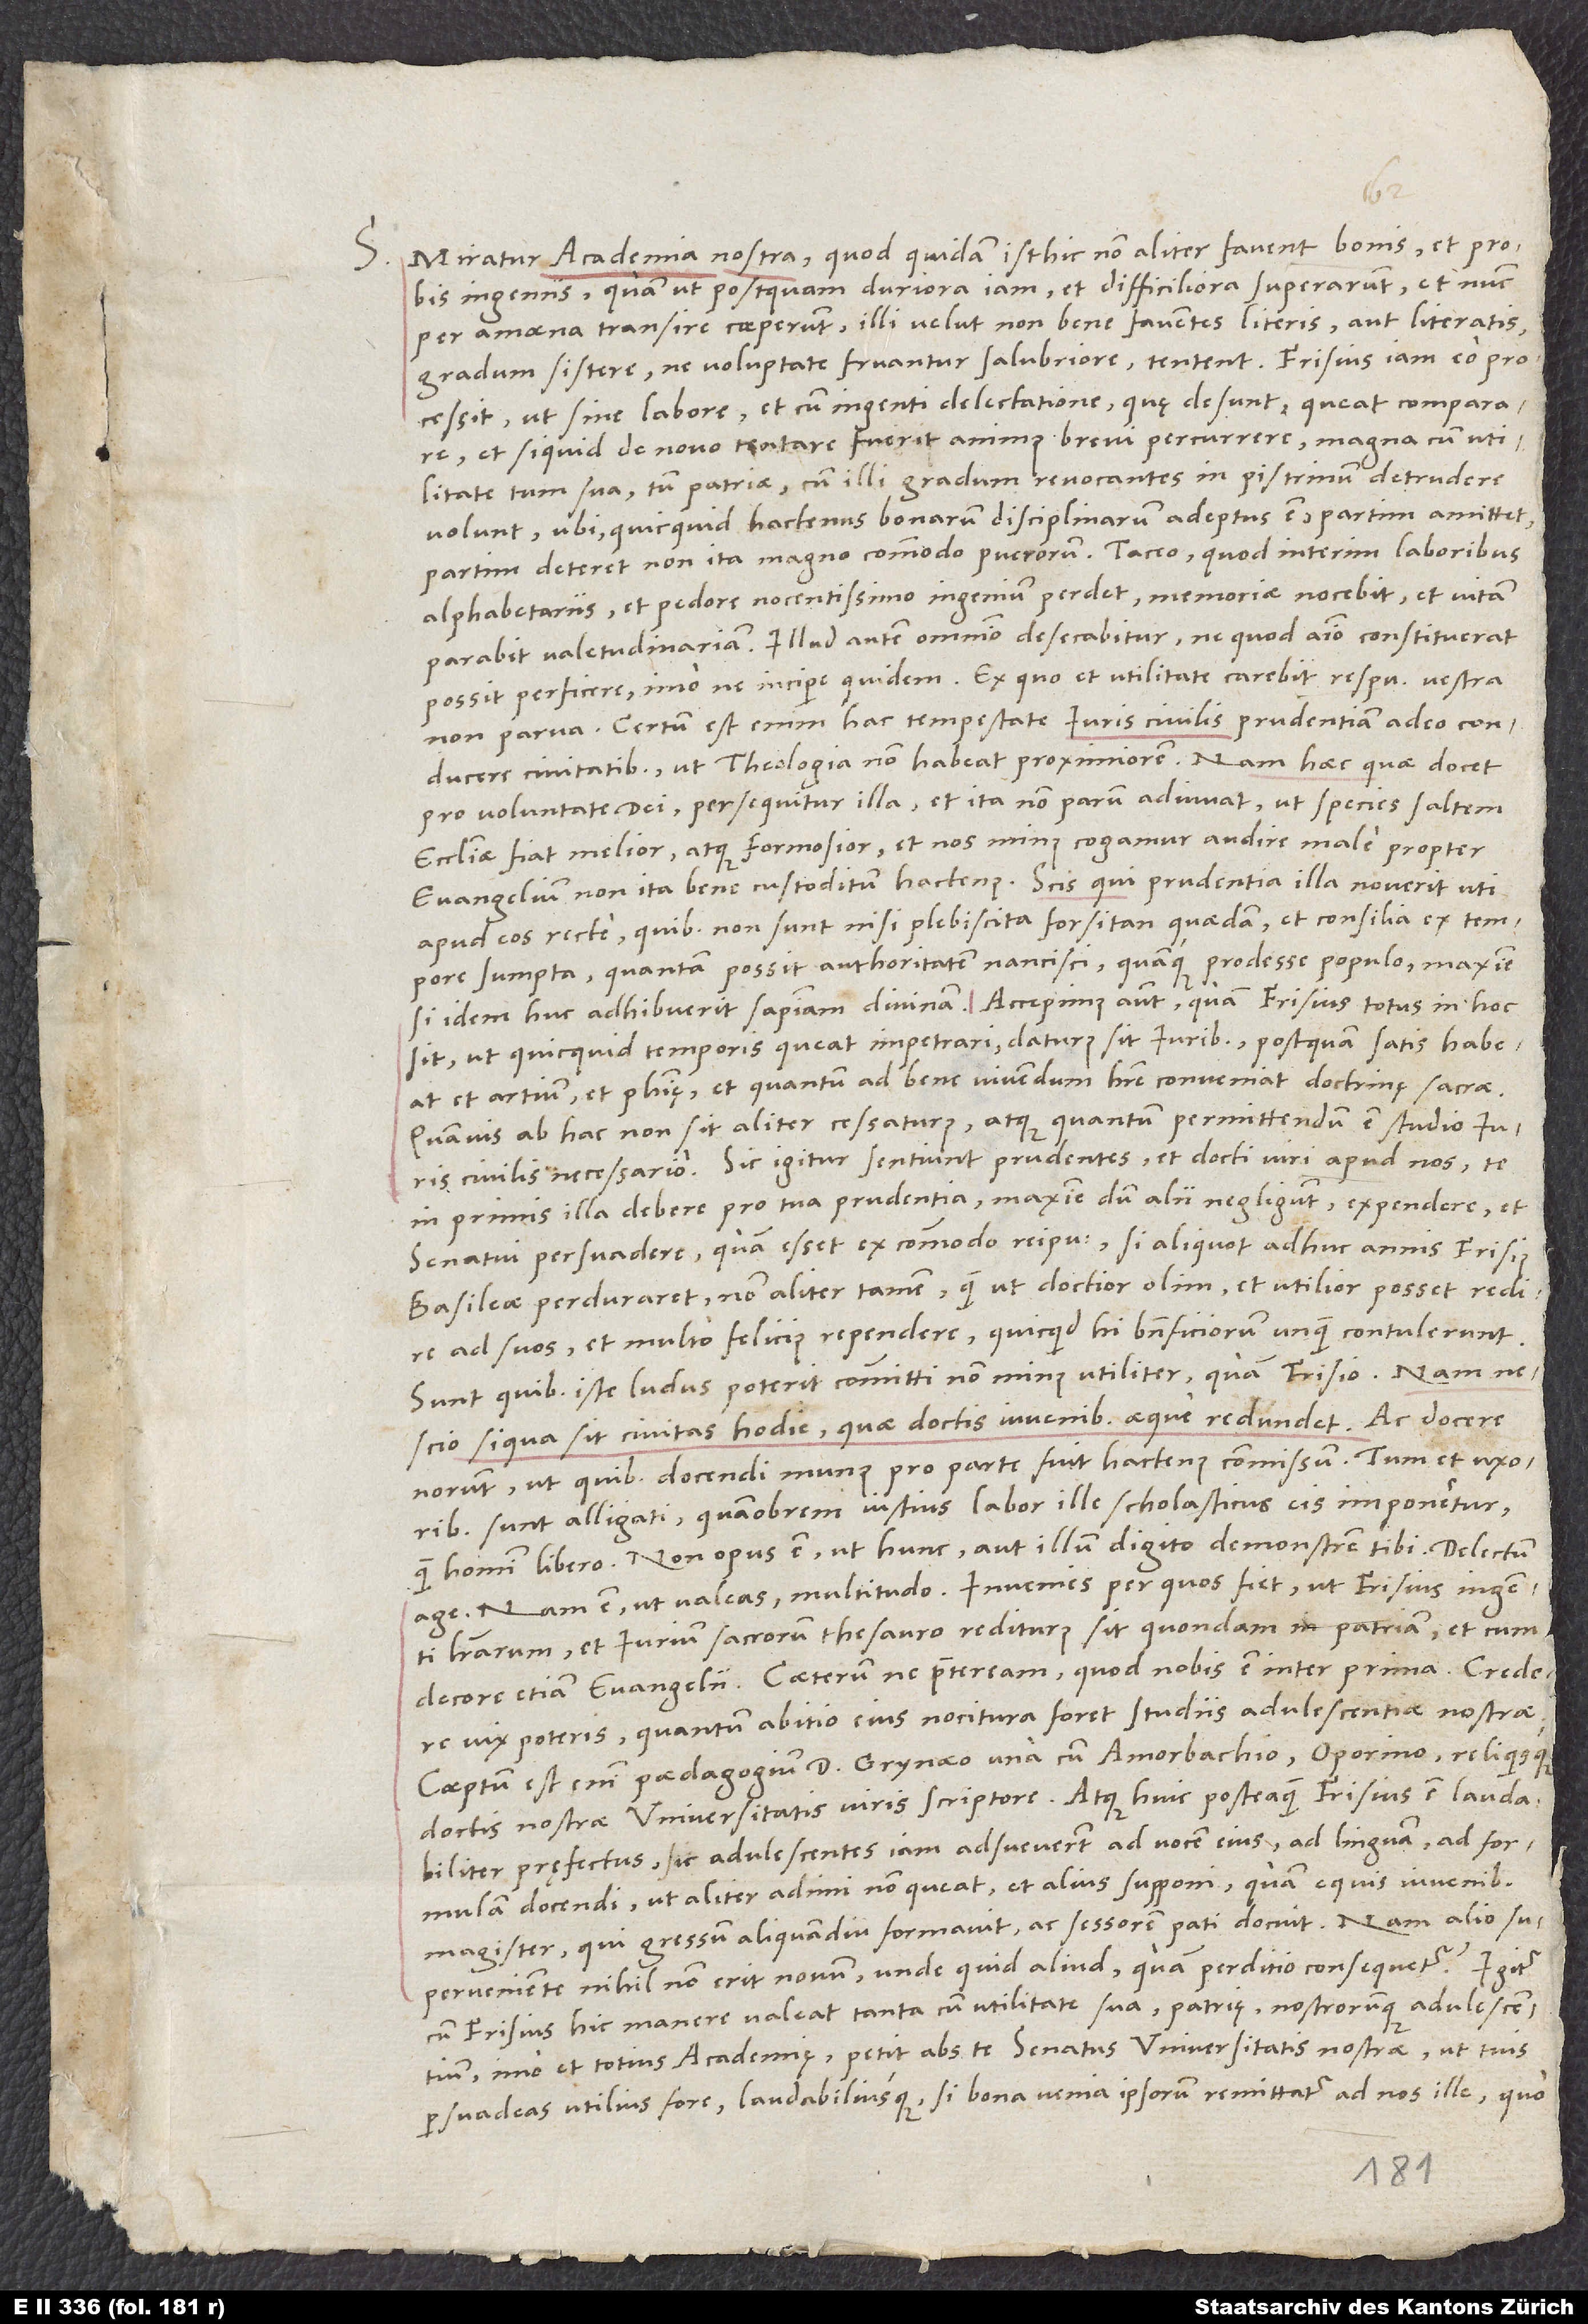
S.

Miratur academia nostra, quod quidam isthic non aliter favent bonis et probis
ingeniis, quam ut, postquam duriora iam et difficiliora superarunt et nunc
per amoena transire coeperunt, illi velut non bene faventes literis aut literatis
gradum sistere, ne voluptate fruantur salubriore, tentent. Frisius iam eo
processit, ut sine labore et cum ingenti delectatione, quę desunt, queat comparare
et, si quid de novo tentare fuerit animus, brevi percurrere magna cum utilitate
tum sua tum patriae, cum illi gradum revocantes in pistrinum detrudere
volunt, ubi, quicquid hactenus bonarum disciplinarum adeptus est, partim amittet,
partim deteret non ita magno commodo puerorum. Taceo, quod interim laboribus
alphabetariis et pedore nocentissimo ingenium perdet, memoriae nocebit et vitam
parabit valetudinariam. Illud autem omnino desecabitur, ne, quod animo constituerat,
possit perficere, imo ne incipere quidem. Ex quo et utilitate carebit respublica vestra
non parva. Certum est enim hac tempestate iuris civilis prudentiam adeo conducere
civitatibus, ut theologia non habeat proximiorem. Nam haec quae docet
pro voluntate dei, prosequitur illa et ita non parum adiuvat, ut species saltem
ecclesiae fiat melior atque formosior et nos minus cogamur audire male propter
evangelium non ita bene custoditum hactenus. Scis, qui prudentia illa noverit uti
apud eos recte, quibus non sunt nisi plebiscita forsitan quaedam et consilia ex tempore
sumpta, quantam possit authoritatem nancisci quamque prodesse populo, maxime,
si idem huc adhibuerit sapientiam divinam. Accepimus autem, quam Frisius totus in hoc
sit, ut, quicquid temporis queat impetrari, daturus sit iuribus, postquam satis habeat
et artium et philosophię et, quantum ad bene vivendum habere conveniat, doctrinę sacrae,
quamvis ab hac non sit aliter cessaturus, atque quantum permittendum est studio iuris
civilis necessario. Sic igitur sentiunt prudentes et docti viri apud nos te
in primis illa debere pro tua prudentia, maxime dum alii negligunt, expendere et
senatui persuadere, quam esset ex commodo reipublicae, si aliquot adhuc annis Frisius
Basileae perduraret, non aliter tamen, quam ut doctior olim et utilior posset redire
ad suos et multo felicius rependere, quicquid hi beneficiorum unquam contulerunt.
Sunt, quibus iste ludus poterit committi non minus utiliter quam Frisio. Nam
nescio, si qua sit civitas hodie, quae doctis iuvenibus aeque redundet. Ac docere
norunt, ut quibus docendi munus pro parte fuit hactenus commissum. Tum et uxoribus
sunt alligati, quamobrem iustius labor ille scholasticus eis imponetur
quam homini libero. Non opus est, ut hunc aut illum digito demonstrem tibi. Delectum
age; nam est, ut valeas, multitudo. Invenies, per quos fiet, ut Frisius ingenti
literarum et iurium sacrorum thesauro rediturus sit quondam in patriam, et cum
vix poteris, quantum abitio eius nocitura foret studiis adulescentiae nostrae.
Coeptum est enim paedagogium d. Grynaeo una cum Amorbachio, Oporino reliquisque
doctis nostrae universitatis viris scriptore. Atque huic posteaquam Frisius est laudabiliter
pręfectus, sic adulescentes iam adsueverunt ad vocem eius, ad linguam, ad formulam
docendi, ut aliter adimi non queat et alius supponi, quam equis iuvenibus
magister, qui gressum aliquamdiu formavit ac sessorem pati docuit. Nam alio
superveniente nihil non erit novum, unde quid aliud quam perditio consequetur? Igitur,
cum Frisius hic manere valeat tanta cum utilitate sua, patrię nostrorumque adulescentium,
imo et totius academię, petit abs te senatus universitatis nostrae, ut tuis
persuadeas utilius fore laudabiliusque, si bona venia ipsorum remittatur ad nos ille, quo